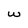
Character: w